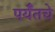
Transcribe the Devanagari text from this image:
पर्यँतचे